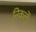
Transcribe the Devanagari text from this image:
निकलेँ।